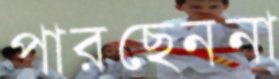
পারছেননা